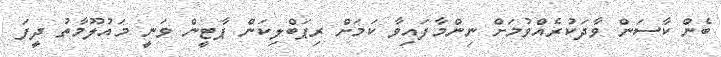
ބެން ކާސަން ވާދަކުރެއްވުމަށް ނިންމާފައިވާ ކަމަށް ރިޕަބްލިކަން ޕާޓީން ވަނީ މައުލޫމާތު ދީފަ